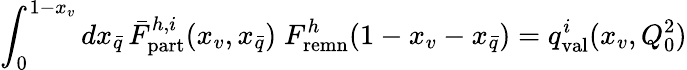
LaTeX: \int_{0}^{1-x_{v}}dx_{\bar{q}}\, \bar{F}_{\mathrm{part}}^{h,i}(x_{v},x_{\bar{q}})\; F_{\mathrm{remn}}^{h}\! \left(1-x_{v}-x_{\bar{q}}\right)=q_{\mathrm{val}}^{i}(x_{v},Q_{0}^{2})